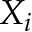
X _ { i }